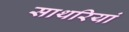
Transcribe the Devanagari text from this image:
साथरियां